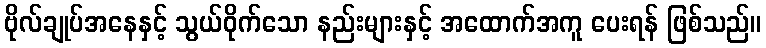
ဗိုလ်ချုပ်အနေနှင့် သွယ်ဝိုက်သော နည်းများနှင့် အထောက်အကူ ပေးရန် ဖြစ်သည်။